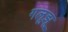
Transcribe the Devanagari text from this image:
गलूझू